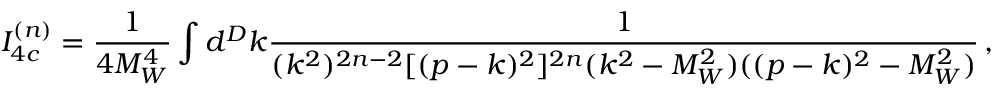
I _ { 4 c } ^ { ( n ) } = \frac { 1 } { 4 M _ { W } ^ { 4 } } \int d ^ { D } k \frac { 1 } { ( k ^ { 2 } ) ^ { 2 n - 2 } [ ( p - k ) ^ { 2 } ] ^ { 2 n } ( k ^ { 2 } - M _ { W } ^ { 2 } ) ( ( p - k ) ^ { 2 } - M _ { W } ^ { 2 } ) } \, ,